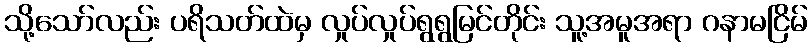
သို့သော်လည်း ပရိသတ်ထဲမှ လှုပ်လှုပ်ရွရွမြင်တိုင်း သူ့အမူအရာ ဂနာမငြိမ်